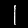
Digit: 1